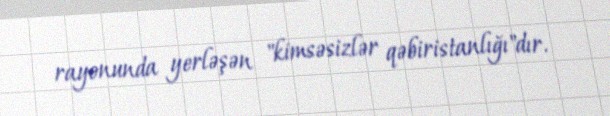
rayonunda yerləşən "kimsəsizlər qəbiristanlığı"dır.